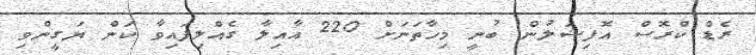
ރެޑް ކްރޮސް އޮފިޝަލުން ބުނީ މިހާތަނަށް 220 އާއިލާ ގެއްލިފައިވާ ކަން ޔަގީންވި